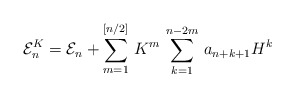
\begin{align*}{\cal E}^{K}_{n}={\cal E}_{n}+\sum_{m=1}^{[n/2]}\, K^m \, \sum_{k=1}^{n-2m}\,a_{n+k+1} H^{k}\end{align*}